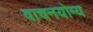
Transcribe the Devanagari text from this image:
वाचनयोग्य